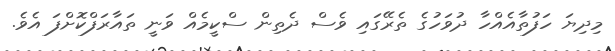
މިދިޔަ ހަފުތާއެއްހާ ދުވަހުގެ ތެރޭގައި ވެސް ދެތިން ސްކީމެއް ވަނީ ތައާރަފްކޮށްފަ އެވެ.